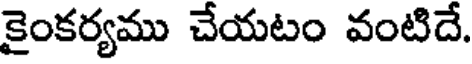
కైంకర్యము చేయటం వంటిదే.